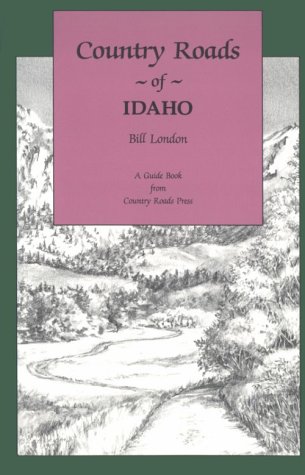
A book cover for Country Roads of Idaho; Bill London; Travel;